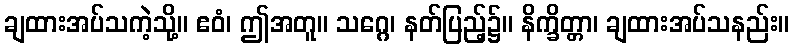
ချထားအပ်သကဲ့သို့။ ဧဝံ၊ ဤအတူ။ သဂ္ဂေ၊ နတ်ပြည့်၌။ နိက္ခိတ္တာ၊ ချထားအပ်သနည်း။